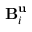
\mathbf { B } _ { i } ^ { \mathbf { u } }